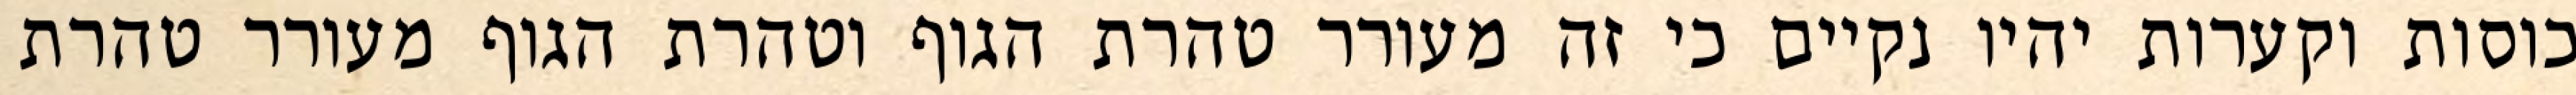
כוסות וקערות יהיו נקיים כי זה מעורר טהרת הגוף וטהרת הגוף מעורר טהרת